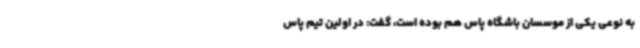
به نوعی یکی از موسسان باشگاه پاس هم بوده است، گفت: در اولین تیم پاس